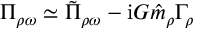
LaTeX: \Pi _ { \rho \omega } \simeq \tilde { \Pi } _ { \rho \omega } - \mathrm { i } G \hat { m } _ { \rho } \Gamma _ { \rho }